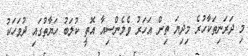
މި ދަރަނިތަކާހުރެ މިދިޔަ ތިން އަހަރު ވެލެންސިއާ އޮތީ ކުލަބު ހަޔާތުގައި ދުވަހަކު